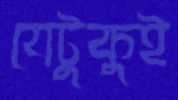
যেটুকুই